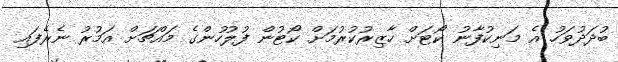
ބުދަދުވަހު އެ މަނިކުފާނު ކޯޓަށް ހާޒިރުކުރުމަށް ކޯޓުން ފުލުހުންގެ މައްޗަށް އަމުރު ނެރެފައި